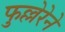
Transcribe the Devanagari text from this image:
फुल्लेरेने